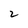
Character: 2